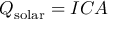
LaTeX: Q _ { \mathrm { s o l a r } } = I C A